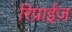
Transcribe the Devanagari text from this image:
रिप्राईज़